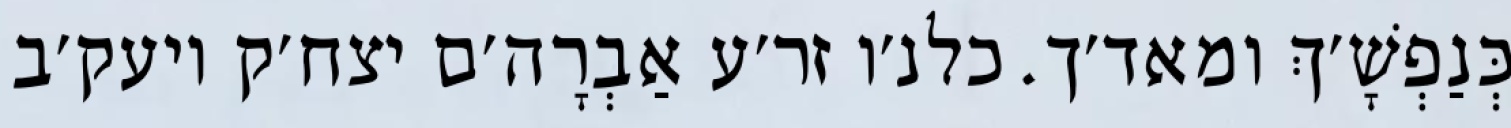
כְּנַפְשָׁ׳ךְ ומאד׳ך. כלנ׳ו זר׳ע אַבְרָה׳ם יצח׳ק ויעק׳ב